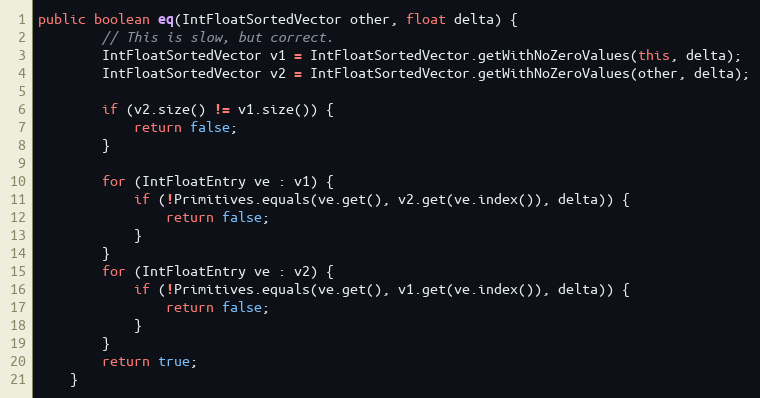
Language: Java
public boolean eq(IntFloatSortedVector other, float delta) {
        // This is slow, but correct.
        IntFloatSortedVector v1 = IntFloatSortedVector.getWithNoZeroValues(this, delta);
        IntFloatSortedVector v2 = IntFloatSortedVector.getWithNoZeroValues(other, delta);

        if (v2.size() != v1.size()) {
            return false;
        }

        for (IntFloatEntry ve : v1) {
            if (!Primitives.equals(ve.get(), v2.get(ve.index()), delta)) {
                return false;
            }
        }
        for (IntFloatEntry ve : v2) {
            if (!Primitives.equals(ve.get(), v1.get(ve.index()), delta)) {
                return false;
            }
        }
        return true;
    }